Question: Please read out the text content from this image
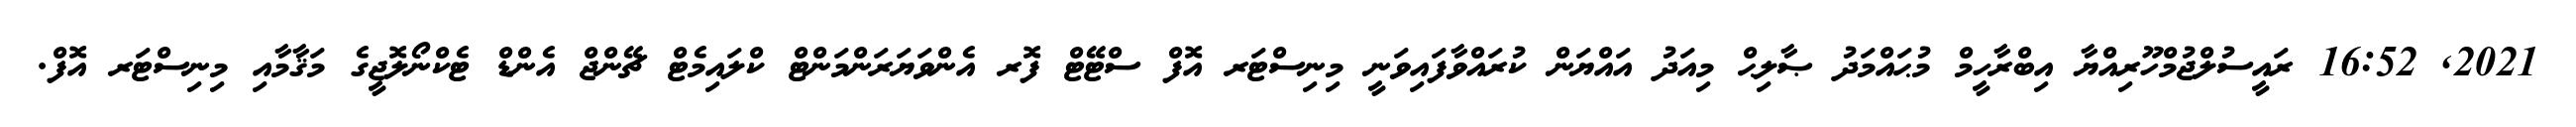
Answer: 2021, 16:52 ރައީސުލްޖުމްހޫރިއްޔާ އިބްރާހީމް މުޙައްމަދު ޞާލިޙް މިއަދު އައްޔަން ކުރައްވާފައިވަނީ މިނިސްޓަރ އޮފް ސްޓޭޓް ފޮރ އެންވަޔަރަންމަންޓް ކްލައިމެޓް ޗޭންޖް އެންޑް ޓެކްނޯލޮޖީގެ މަޤާމާއި މިނިސްޓަރ އޮފް.